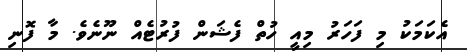
އެކަމަކު މި ފަހަރު މިއީ ހުތް ފެޝަން ފުރުޓެއް ނޫނެވެ. މާ ފޮނި